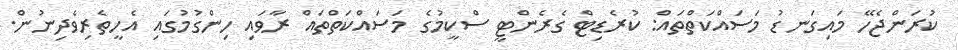
ކުރަންޖެހޭ މައިގަނޑު މަސައްކަތްތައް: ކުރެޑިޓް ގެރެންޓީ ސްކީމުގެ މަސައްކަތްތައް ރާވައި ހިންގުމުގައި އެހީތެރިވެދިނުން.